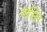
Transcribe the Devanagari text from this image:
गस्ति